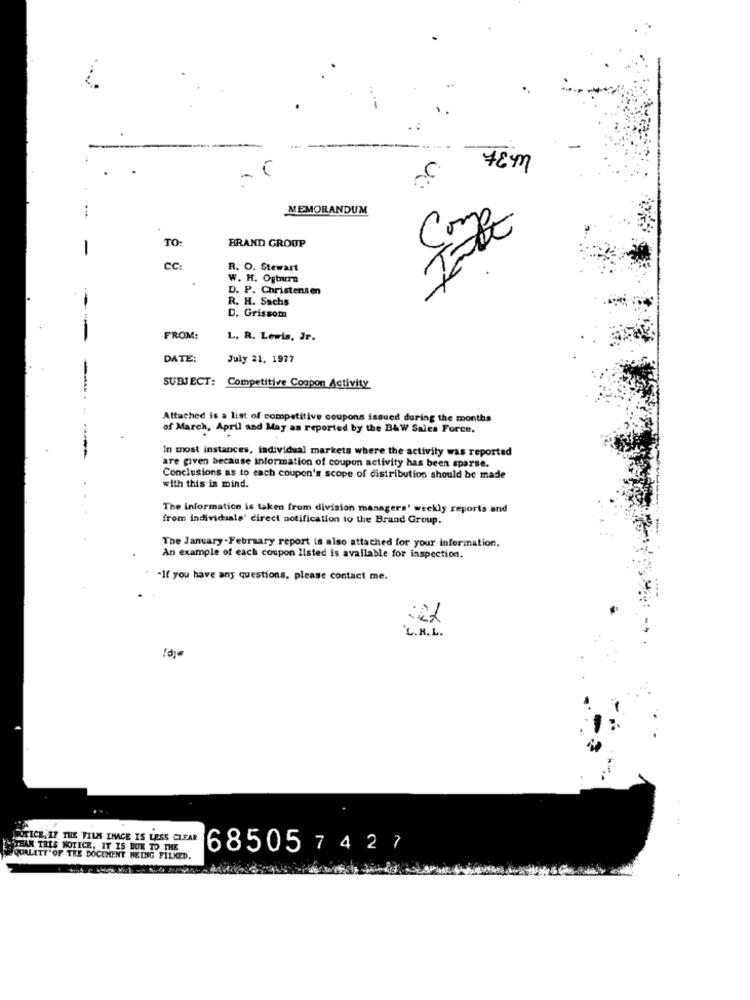
MEMORANDUM
TO:
BRAND GROUP
CC:
R. O. Stewart
C
W. H. Ofburn
D. P. Christensen
R. H. Sachs
D. Grissom
FROM:
L. R. Lewis, Jr.
DATE:
July 21, 1977
SUBJECT: Competitive Coupon Activity
Attached is a list of competitive coupons issued during the months
of March, April and May as reported by the BAW Sales Force.
---
In most instances, individual markets where the activity was reported
are given because information of coupon activity has been sparse.
Conclusions as to each coupon's scope of distribution should be made
with this in mind.
The information is taken from division managers' weekly reports and
from individuals' direct notification to the Brand Group.
The January -February report is also attached for your information.
An example of each coupon listed is available for inspection.
-If you have any questions, please contact me.
'L.R.L.
SOTICE 17 THE FILM INACE IS LESS CLEAR
STEAK TRES NOTICE, IT IS DUK TO THE
68505 7 4 27
QUALETT OF THE DOCUMENT BEING FILKED.